Lunatic asylums Bombay report 1891-1903 - 1891-1903
Year: 1891
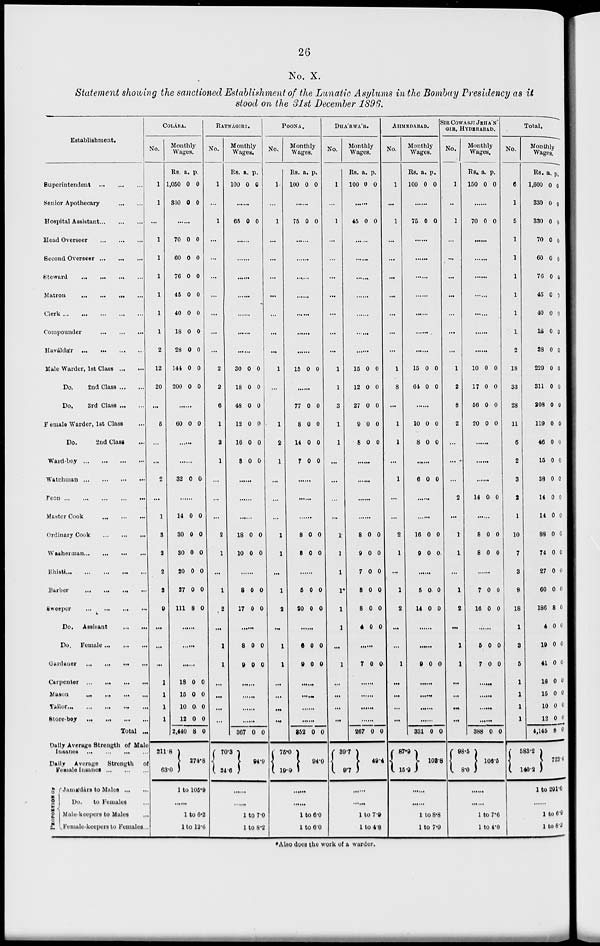
26
No. X.
Statement showing the sanctioned Establishment of the Lunatic Asylums in the Bombay Presidency as it
stood on the 31st December 1896.
Establishment.
Superintendent
...
...
...
Senior Apothecary
...
...
Hospital Assistant ... ... ...
Head Overseer
...
...
...
Second Overseer
...
...
...
Steward
...
...
...
...
Matron ... ... ... ...
Clerk
...
...
...
...
...
Compounder
...
...
...
Haváldár
...
...
...
...
Male Warder, 1st Class
...
...
Do.
2nd Class ... ...
Do.
3rd Class ... ...
Female Warder, 1st Class ...
Do.
2nd Class ...
Ward-boy
...
...
...
...
Watchman
...
...
...
...
Peon
...
...
...
...
...
Master Cook ... ... ...
Ordinary Cook ... ... ...
Washerman ... ... ... ...
Bhisti
...
...
...
...
...
Barber
...
...
...
...
Sweeper
...
...
...
...
Do.
Assisant ... ...
Do.
Female
...
...
...
Gardener
...
...
...
...
Carpenter
...
...
...
...
Mason
...
...
...
...
Tailor
...
...
...
...
...
Store-boy
...
...
...
...
Total ...
Daily Average Strength of Male
Insanes
...
...
...
...
Daily Average
Strength of
Female Insanes
...
...
...
PROPORTION OF
Jamádárs to Males
...
...
Do.
to Females ...
Male-keepers to Males ...
Female-keepers to Females ...
COLÁBA.
No.
1
1
...
1
1
1
1
1
1
2
12
20
...
5
...
...
2
...
1
3
2
2
3
9
...
...
...
1
1
1
1
211.8
63.0
Monthly
Wages.
Rs.
1,050
330
a.
0
0
p.
0
0
......
70
60
76
45
40
18
28
144
200
0
0
0
0
0
0
0
0
0
0
0
0
0
0
0
0
0
0
......
60 0 0
......
......
32 0 0
......
14
30
30
20
27
111
0
0
0
0
0
8
0
0
0
0
0
0
......
......
......
18
15
10
12
2,440
0
0
0
0
8
0
0
0
0
0
274.8
1 to 105.9
......
1 to 6.2
1 to 12.6
RATNÁGIRI.
No.
1
...
1
...
...
...
...
...
...
...
2
2
6
1
2
1
...
...
...
2
1
...
1
2
...
1
1
...
...
...
...
Monthly
Wages.
Rs.
100
a.
0
p.
0
......
65 0 0
......
......
......
......
......
......
......
30
18
48
12
16
8
0
0
0
0
0
0
0
0
0
0
0
0
......
......
......
18
10
0
0
0
0
......
8
17
0
0
0
0
......
8
9
0
0
0
0
......
......
......
......
367
70.3
24.6
0 0
94.9
......
......
1 to 7.0
1 to 8.2
POONA.
No.
1-
...
1
...
...
...
...
...
...
...
1
...
...
1
2
1
...
...
...
1
1
...
1
2
...
1
1
...
...
...
...
Monthly
Wages.
Rs.
100
a.
0
p.
0
......
75 0 0
......
......
.......
......
......
......
......
15 0 0
......
77
8
14
7
0
0
0
0
0
0
0
0
......
......
......
8
8
0
0
0
0
......
5
20
0
0
0
0
......
6
9
0
0
0
0
......
......
......
......
352
75.0
19.0
0 0
94.0
......
......
1 to 6.0
1 to 6.0
DHA'RWA'R.
No.
1
...
1
...
...
...
...
...
...
...
1
1
3
1
1
...
...
...
...
1
1
1
1*
1
1
...
1
...
...
...
...
Monthly
Wages.
Rs.
100
a.
0
p.
0
......
45 0 0
......
......
......
......
......
......
......
15
12
27
9
8
0
0
0
0
0
0
0
0
0
0
......
......
......
......
8
9
7
8
8
4
0
0
0
0
0
0
0
0
0
0
0
0
......
7 0 0
......
......
......
......
267
39.7
9.7
0 0
49.4
......
......
1 to 7.9
1 to 4.8
AHMEDABAD.
No.
1
...
1
...
...
...
...
...
...
...
1
8
...
1
1
...
1
...
...
2
1
...
1
2
...
...
1
...
...
...
...
Monthly
Wages.
Rs.
100
a.
0
p.
0
......
75 0 0
......
......
......
......
......
......
15
64
0
0
0
0
......
10
8
0
0
0
0
......
6 0 0
......
......
16
9
0
0
0
0
......
5
14
0
0
0
0
...
......
9 0 0
......
......
......
......
331
87.9 15.9
0 0
103.8
......
......
1 to 8.8
1 to 7.9
SIR COWASJI JEHA N
GIR,
HYDERABAD.
No.
1
...
1
...
...
...
...
...
...
...
1
2
8
2
...
...
...
2
...
1
1
...
1
2
...
1
1
...
...
...
...
Monthly
Wages.
Rs.
150
a.
0
p.
0
......
70 0 0
......
......
......
......
......
......
10
17
56
20
0
0
0
0
0
0
0
0
......
......
......
14 0 0
......
8
8
0
0
0
0
......
7
16
0
0
0
0
......
5
7
0
0
0
0
......
......
......
......
388
98.5
8.0
0 0
106.5
......
......
1 to 7.6
1 to 4.0
Total.
No.
6
1
5
1
1
1
1
1
1
2
18
33
28
11
6
2
3
2
1
10
7
3
8
18
1
3
5
1
1
1
1
Monthly
Wages.
Rs.
1,600
330
830
70
60
76
45
40
18
28
229
311
208
119
46
15
38
14
14
88
74
27
60
186
4
19
41
18
15
10
12
4,145
583.2
140.2
a.
0
0
0
0
0
0
0
0
0
0
0
0
0
0
0
0
0
0
0
0
0
0
0
8
0
0
0
0
0
0
0
8
p.
0
0
0
0
0
0
0
0
0
0
0
0
0
0
0
0
0
0
0
0
0
0
0
0
0
0
0
0
0
0
0
0
723.4
1 to 291.6
......
1 to 6.9
1 to 8.2
* Also does the work of a warder.